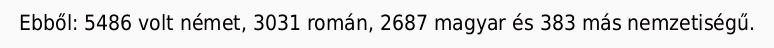
Ebből: 5486 volt német, 3031 román, 2687 magyar és 383 más nemzetiségű.